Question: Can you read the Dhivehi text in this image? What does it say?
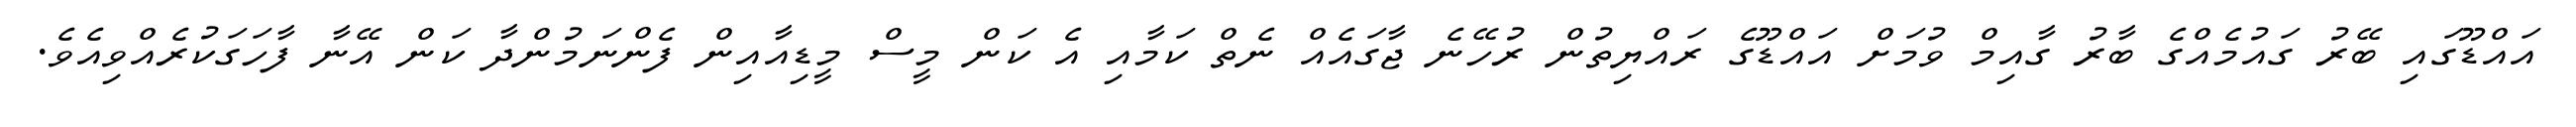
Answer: އައްޑޫގައި ބޭރު ގައުމެއްގެ ބާރު ގާއިމް ވުމަށް އައްޑޫގެ ރައްޔިތުން ރުހޭނެ ޖާގައެއް ނެތް ކަމާއި އެ ކަން މީސް މީޑިއާއިން ފެންނަމުންދާ ކަން އޭނާ ފާހަގަކުރެއްވިއެވެ.